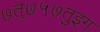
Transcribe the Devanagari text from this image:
७त्७५७तुइग